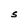
Character: S